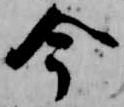
今